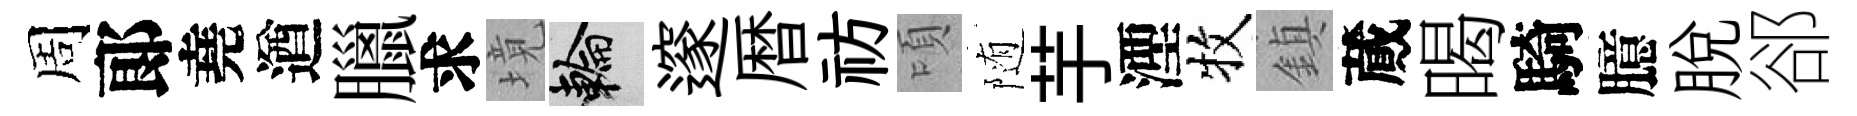
周郞堯遒臘求境輪邃暦祊頃随芋湮牧鎮蕆暍騎臆脱郤